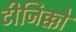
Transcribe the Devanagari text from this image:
टीजिक्को